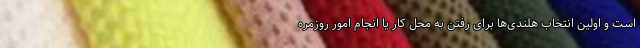
است و اولین انتخاب هلندی‌ها برای رفتن به محل کار یا انجام امور روزمره